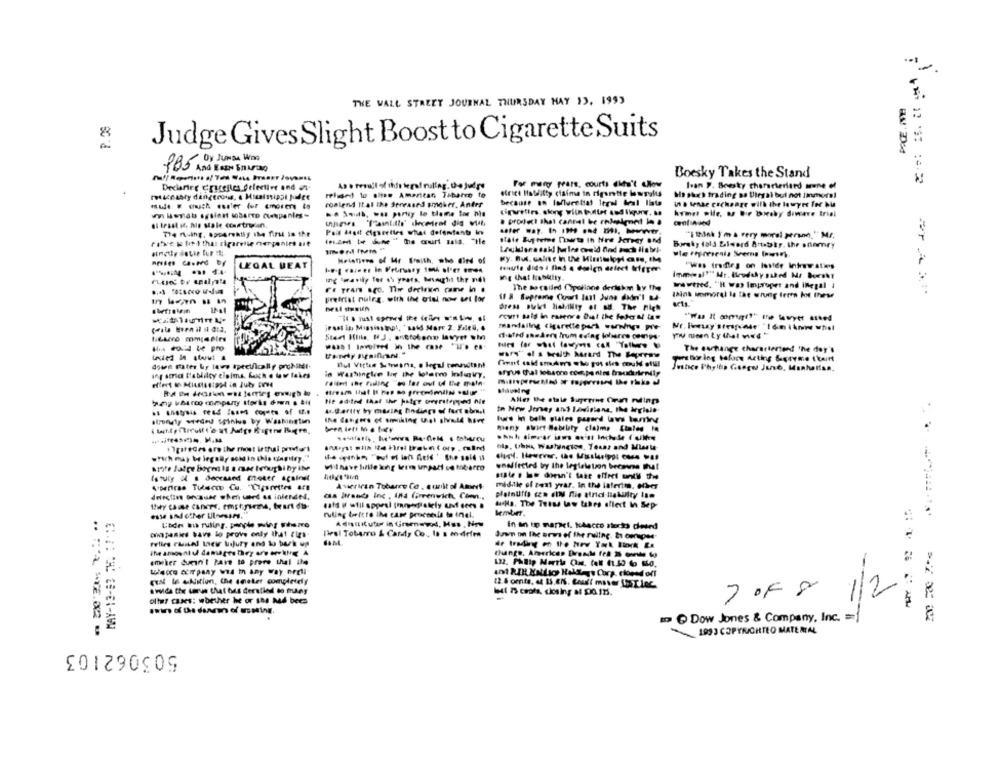
THE WALL STREET JOURNAL THURSDAY HAY 13, 1993
Judge GivesSlight Boost to Cigarette Suits
Dy JUNDA Won
Boesky Takes the Stand
For many fears, courts dita't low
Ivan 9. Beesky characterland aune of
Deciarier Crucejles Selective and in-
Felget to elise Amaritan Tabarre to
ho such trading ao Uiegal but not immoral
coalend Ital the Sereased smobrt. Anter
because en lonlucetiat Iegel heal lista
in . tense cschange with the lawyer for bl
ww. lesdu ssina sobarTo companies-
.. . .. party lo tlame tor nie
Ligvilles along with buller and ligunr. a.
komet pile, a bir tweeby diwave trial
. project that cannel be enlelmed in a
state Bupeete Pourta In New Jersey and
""I think I m a very moral perand," Mr.
(.m ( " the curt said. "He
Boreky fald Elwerd Attabty, the shamry
Heletives of Mr Sraith, who died of
LEGAL BEAT
teaule dido i find a design delect IefeTre
ing that Rebutty.
Ing travily for 4% years, Might thr ndi
wwtred. "H was Improper and inegal i
The bo raided Copoliane deriskm by the
Brefrist nulrg, with the clal now eet lor
think somorel la the wrung Ierta lot these
Dress Di liaMINiy ot ad The high
Pour Bald in caseore Diat the federal tas
"Was Il comgi"" ite lawyer asked
rust in Migsissteps, ' said Marr 2. FaleG, .
mandsilne cigaretteper woning pl'e
The exchange charactertend the day's
Perstor ing tofore Acting &gryme teint
ang sma l'ablilcy cinims. kuch . low lakes
Allo We otle Seom In nding
Aa-Barity by maring bindings of fact obra.t
In New Jersey ant Lavisione, the Wriale
strongly seeded spinius by Washington
olp. Uhus, Washington, Texas and Musela
greces are ilve rhost irtful product
write latre bogen is a mee teoughi hy ine
wnaffected by the legislation because that
American Tobarre Co , aunit of Amit
middle of text year. In the interim. other
as Brands Inc , inta Greenwich, Comn .,
aNa. The Tetse law takes effect in Sep
MAY-13-83 TH. : 7-13
lembert.
Adultitutar in Girmevod, Has , Now
In an in maret. KAacco stocks deerd
on panies bave lo prove only that cies-
livs! Tobarro & Candy Co ., Is & modefra
Juan on the urwi of the ruling. 2 conpee-
tunge, Americas Brande frå 3 wwwte ko
emeker Cuen't Pave to prere thal ile
-
Wiecce company was in any way orell
EN la Alition, the emeter completely
a wide the imu that bus derslied to many
=
olter cases: whether he or sns Med becs
70F 8
-----
to Dow Jones & Company, Inc. = 1
--------
1993 COPYRIGHTED MATERIAL
503062103